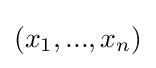
(x_{1},...,x_{n})